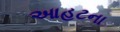
આહટના